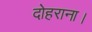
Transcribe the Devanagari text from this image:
दोहराना।